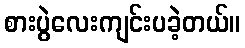
စားပွဲလေးကျင်းပခဲ့တယ်။